65_HS1-834228961_62-HQ-83894_Section_3
Agency: FBI
Page 173
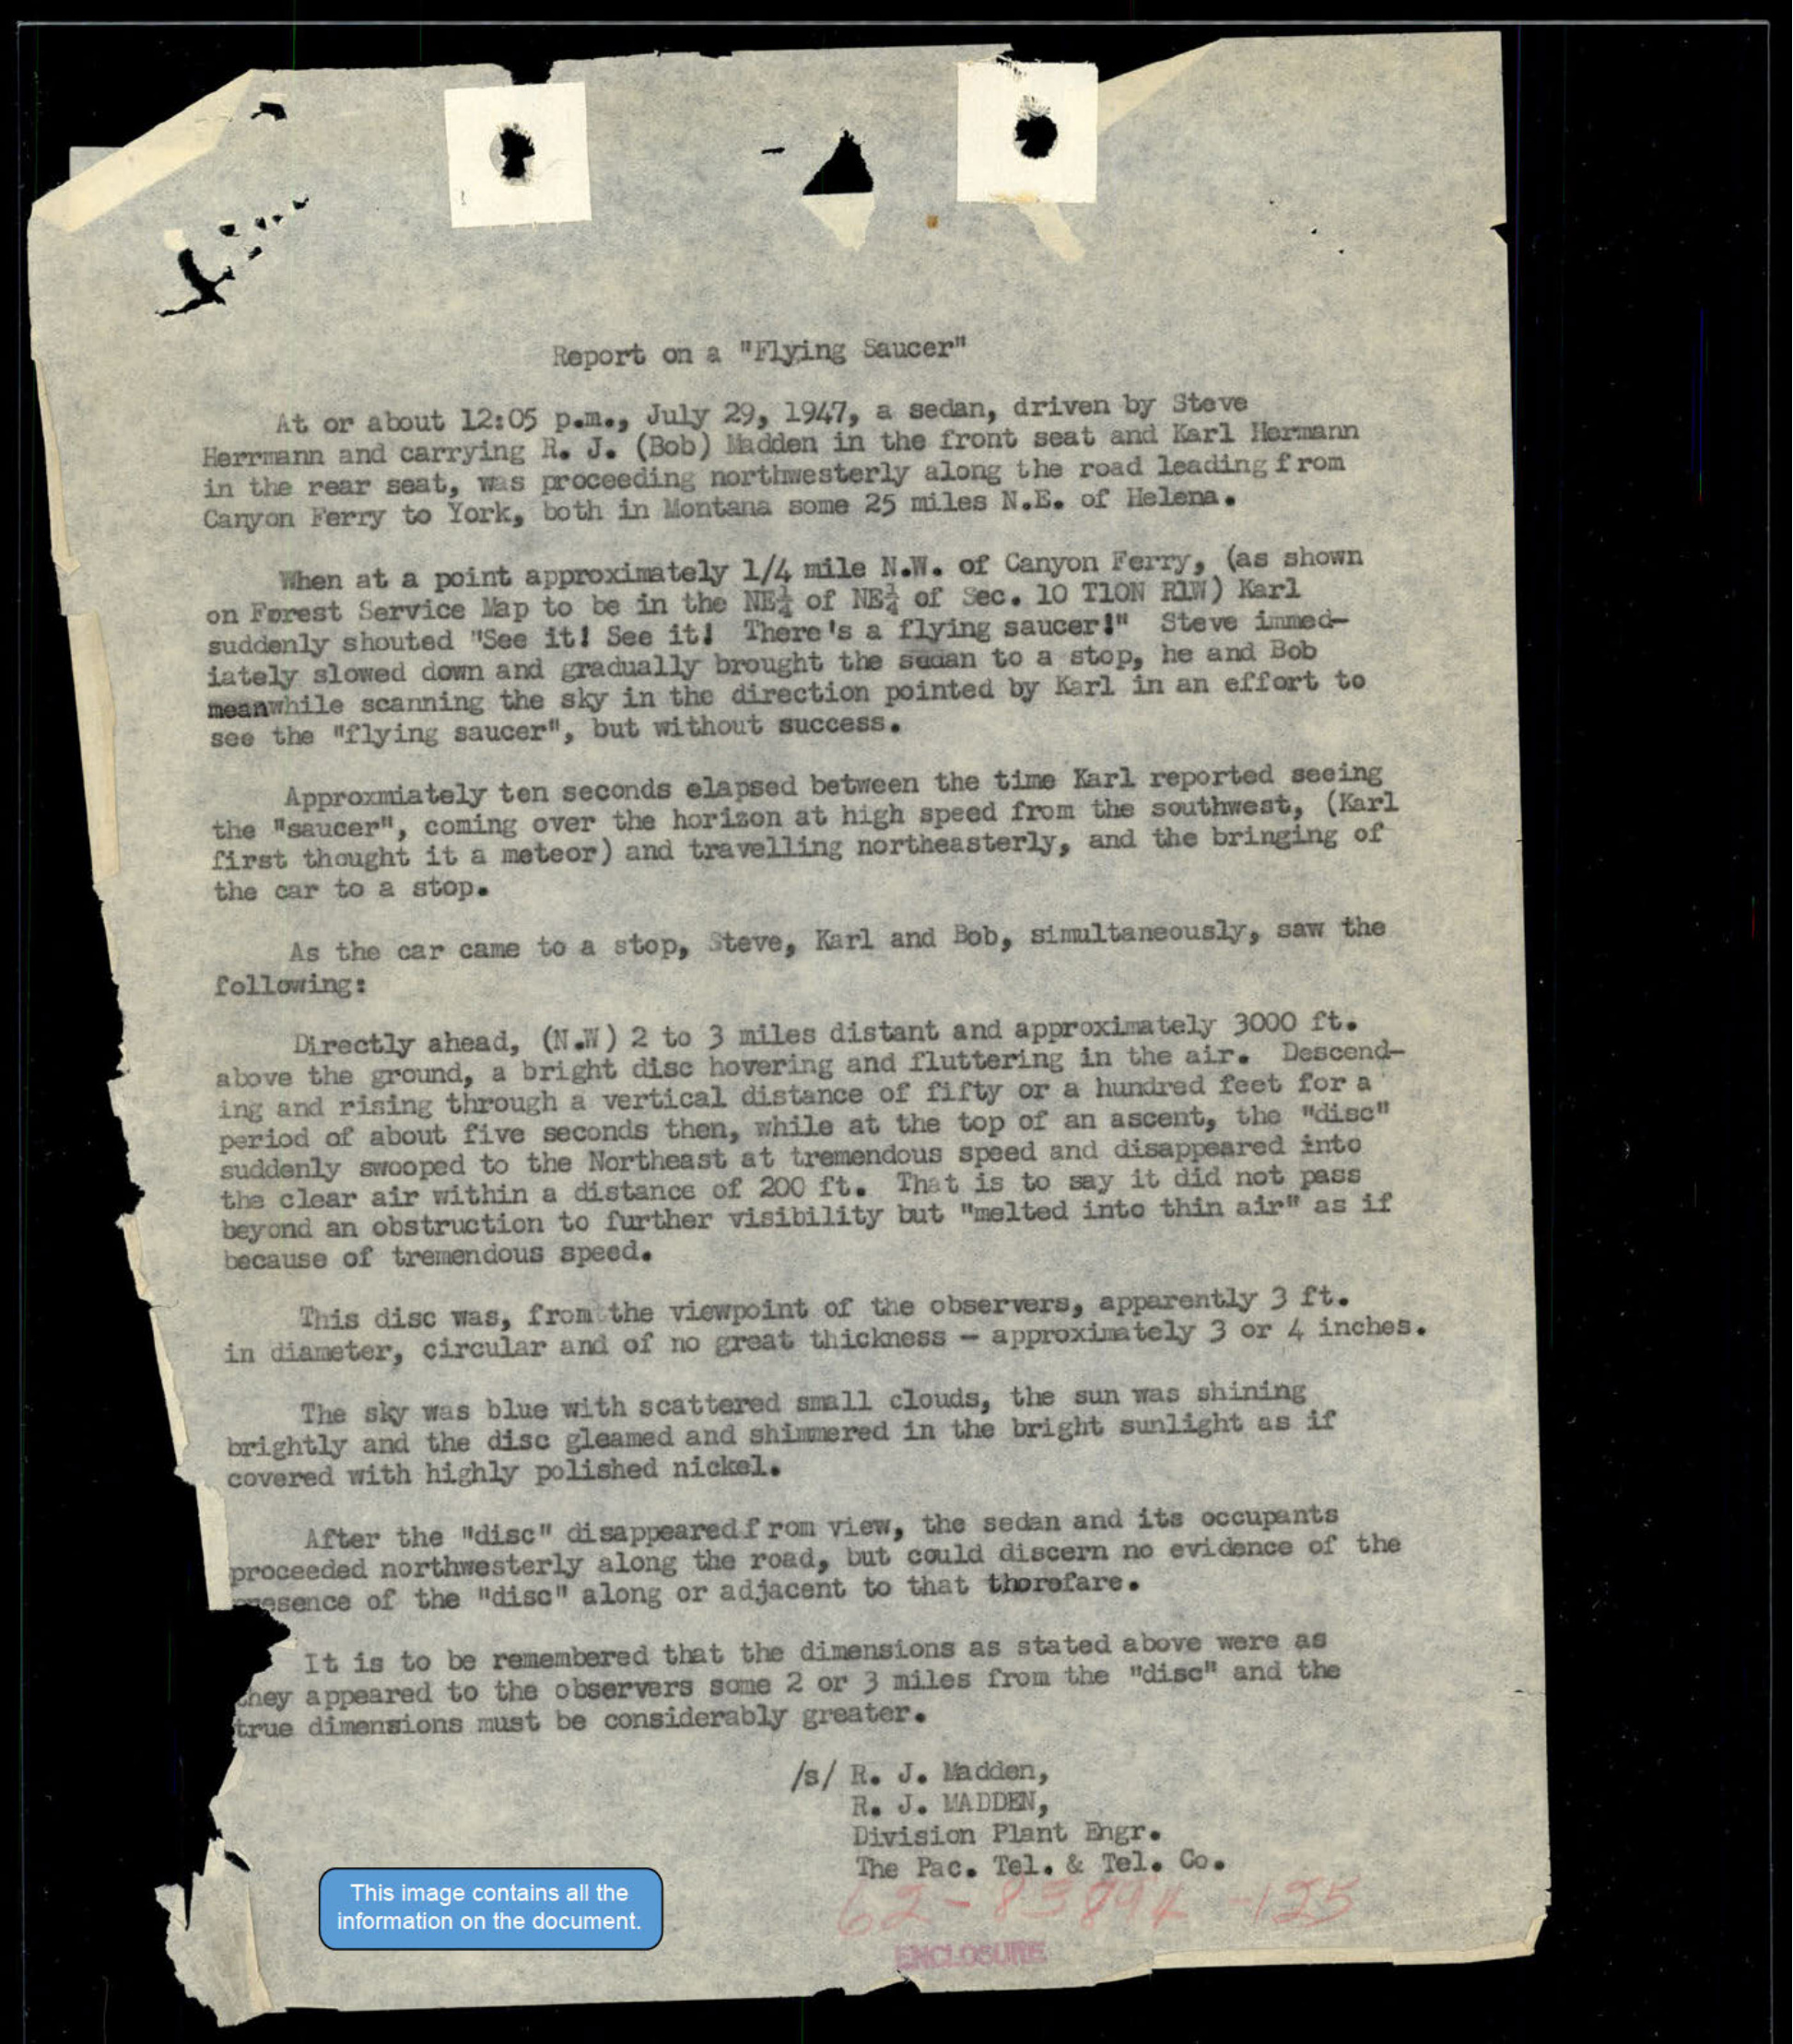